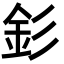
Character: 釤